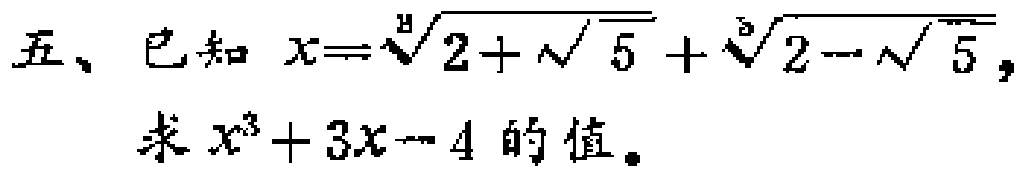
五、已知 \(x = \sqrt[3]{2 + \sqrt{5}}+\sqrt[3]{2 - \sqrt{5}}\)，求 \(x^{3}+3x - 4\) 的值。